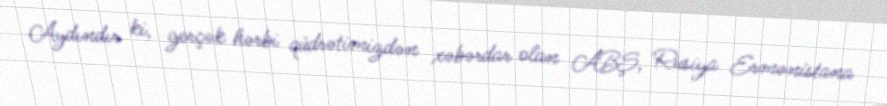
Aydındır ki, gerçək hərbi qüdrətimizdən xəbərdar olan ABŞ, Rusiya Ermənistana